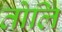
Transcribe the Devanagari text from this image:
तोलि